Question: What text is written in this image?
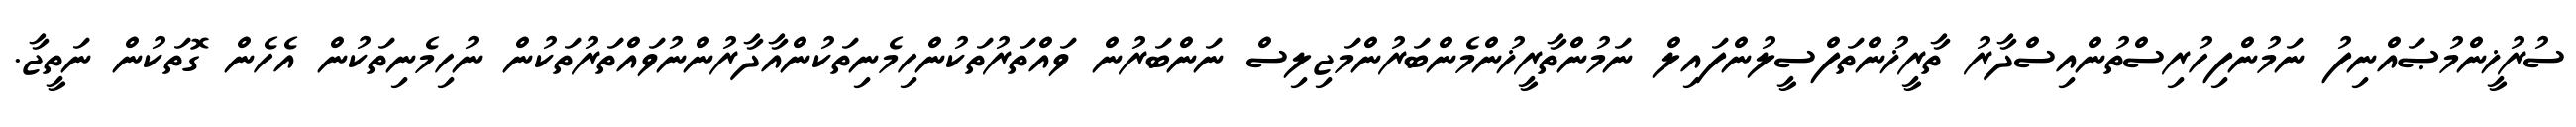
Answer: ސުރުޚީންމުޞައްނިފު ނަމުންފިހުރިސްތުންއިސްދާރު ތާރީޚުންތަފްސީލުންފައިލް ނަމުންތާރީޚުންމެންބަރުންމަޖިލިސް ނަންބަރުން ވައްތަރުތަކުންހިމެނިތަކުންއާދާރުންނުވައްތަރުތަކުން ނުހިމެނިތަކުން އެހެން ގޮތަކުން ނަތީޖާ.